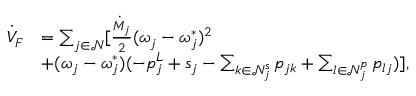
\begin{array} { r l } { \dot { V } _ { F } } & { = \sum _ { j \in \mathcal { N } } [ \frac { \dot { M } _ { j } } { 2 } ( \omega _ { j } - \omega _ { j } ^ { * } ) ^ { 2 } } \\ & { + ( \omega _ { j } - \omega _ { j } ^ { * } ) ( - p _ { j } ^ { L } + s _ { j } - \sum _ { k \in \mathcal { N } _ { j } ^ { s } } p _ { j k } + \sum _ { l \in \mathcal { N } _ { j } ^ { p } } p _ { l j } ) ] , } \end{array}